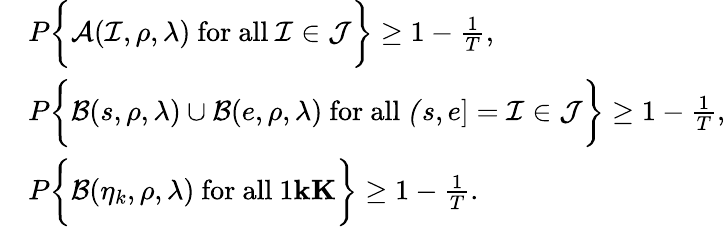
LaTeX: \begin{array}{rl}&{P\bigg\{ \mathcal A(\mathcal I,\rho,\lambda)\mathrm{~for~all~}\mathcal I\in\mathcal J\bigg\} \ge 1-\frac{1}{T},}\\ &{P\bigg\{ \mathcal B(s,\rho,\lambda)\cup\mathcal B(e,\rho,\lambda)\mathrm{~for~all~}\mathcal(s,e]=\mathcal I\in\mathcal J\bigg\} \ge 1-\frac{1}{T},}\\ &{P\bigg\{ \mathcal B(\eta_{k},\rho,\lambda)\mathrm{~for~all~}1\le k\le K\bigg\} \ge 1-\frac{1}{T}.}\end{array}